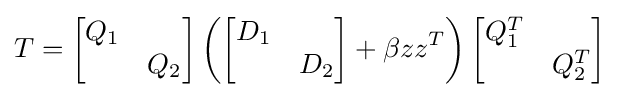
T={\begin{bmatrix}Q_{1}&\\&Q_{2}\end{bmatrix}}\left({\begin{bmatrix}D_{1}&\\&D_{2}\end{bmatrix}}+\beta zz^{T}\right){\begin{bmatrix}Q_{1}^{T}&\\&Q_{2}^{T}\end{bmatrix}}